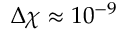
\Delta \chi \approx 1 0 ^ { - 9 }